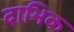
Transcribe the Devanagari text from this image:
दाभिक